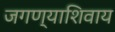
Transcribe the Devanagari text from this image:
जगण्याशिवाय